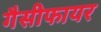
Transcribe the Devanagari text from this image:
गैसीफायर